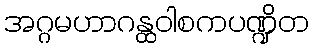
အဂ္ဂမဟာဂန္ထဝါစကပဏ္ဍိတ